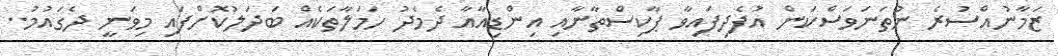
ޒަމާނުއްސުރެ ނުތަނަވަސްކަން އުފެދިފައިވާ ޕާކިސްތާނާއި އިންޑިއާއާ ދެމެދު ހަމަލާތަކެއް ބަދަލުކޮށްފައި މިވަނީ ދެގައުމު..